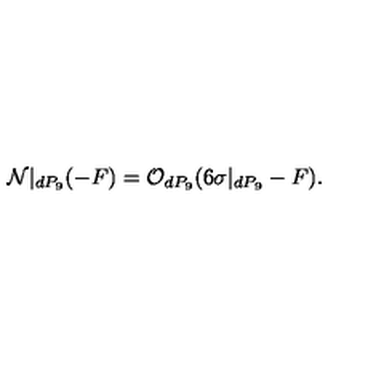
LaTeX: { \cal N } | _ { d P _ { 9 } } ( - F ) = { \cal O } _ { d P _ { 9 } } ( 6 \sigma | _ { d P _ { 9 } } - F ) .